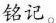
铭记。